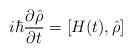
LaTeX: \begin{align*}i\hbar \frac{\partial \hat{\rho}}{\partial t} = \left[H(t),\hat{\rho}\right]\end{align*}